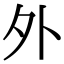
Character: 外